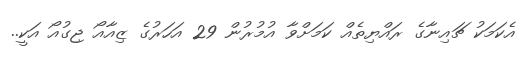
އެކަމަކު ޗައިނާގެ ރައްޔިތެއް ކަމަށްވާ އުމުރުން 29 އަހަރުގެ ޒިއާއޯ ޖިގުއޯ އަކީ..